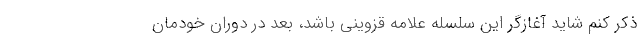
ذکر کنم شاید آغازگر این سلسله علامه قزوینی باشد، بعد در دوران خودمان